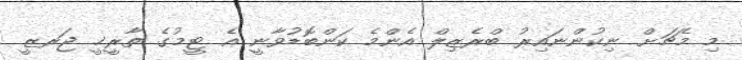
މި މެޗަށް ނިކުންނައިރު ބްރެޒިލް އެންމެ ކަންބޮޑުވާނީ އެ ޓީމުގެ ތާރީޚީ ޖަރޒީ